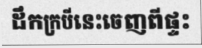
ដឹកក្របីនេះចេញពីផ្ទះ